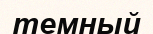
темный